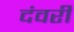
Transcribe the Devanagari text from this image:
दंवरी